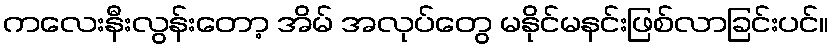
ကလေးနီးလွန်းတော့ အိမ် အလုပ်တွေ မနိုင်မနင်းဖြစ်လာခြင်းပင်။